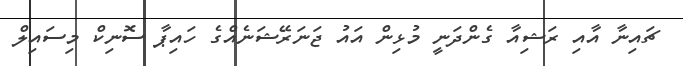
ޗައިނާ އާއި ރަޝިއާ ގެންދަނީ މުޅިން އައު ޖަނަރޭޝަނެއްގެ ހައިޕާ ސޮނިކް މިސައިލް